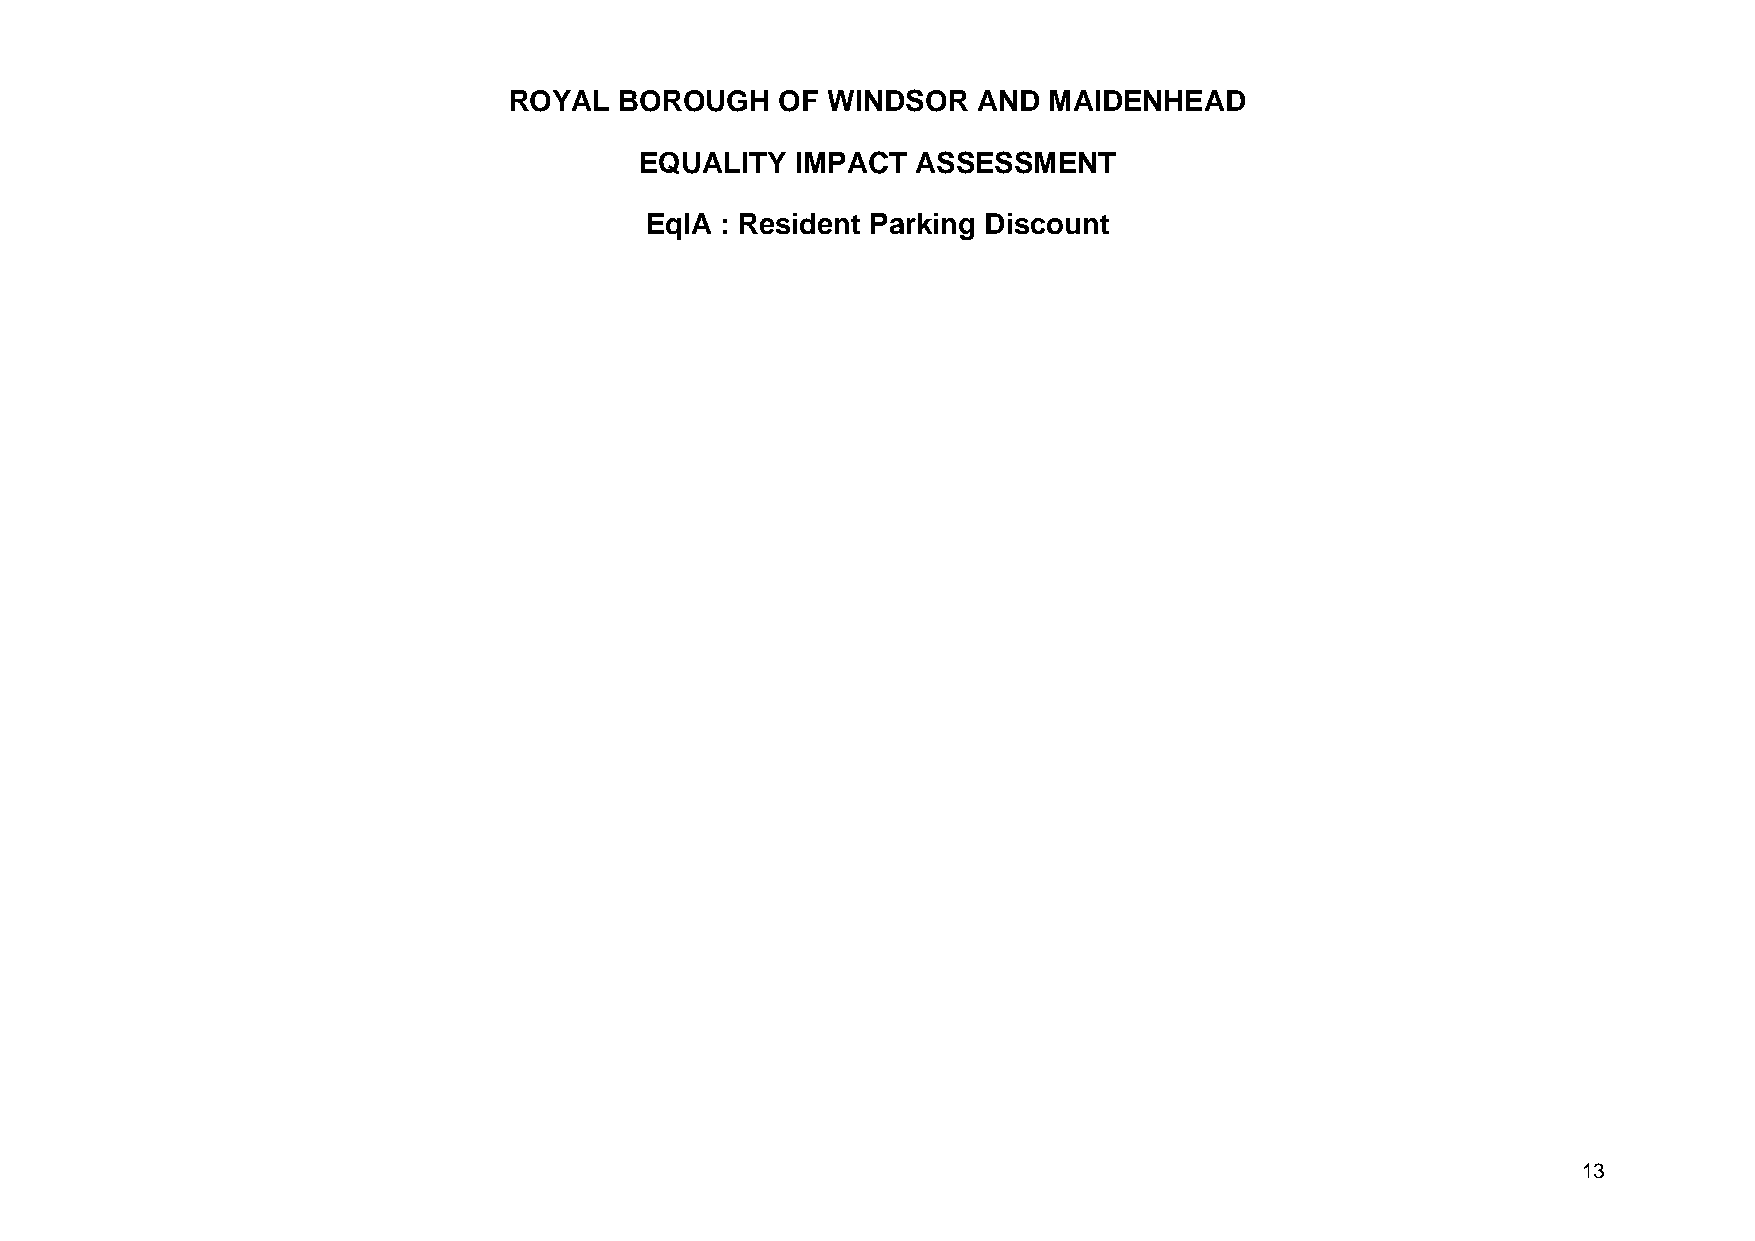
ROYAL  BOROUGH    OF WINDSOR   AND MAIDENHEAD
 EQUALITY   IMPACT  ASSESSMENT
 EqIA : Resident Parking Discount
 13